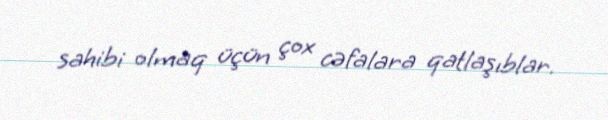
sahibi olmaq üçün çox cəfalara qatlaşıblar.